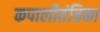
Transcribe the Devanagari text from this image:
कपालीतंत्रिका